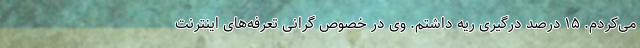
می‌کردم. ۱۵ درصد درگیری ریه داشتم. وی در خصوص گرانی تعرفه‌های اینترنت